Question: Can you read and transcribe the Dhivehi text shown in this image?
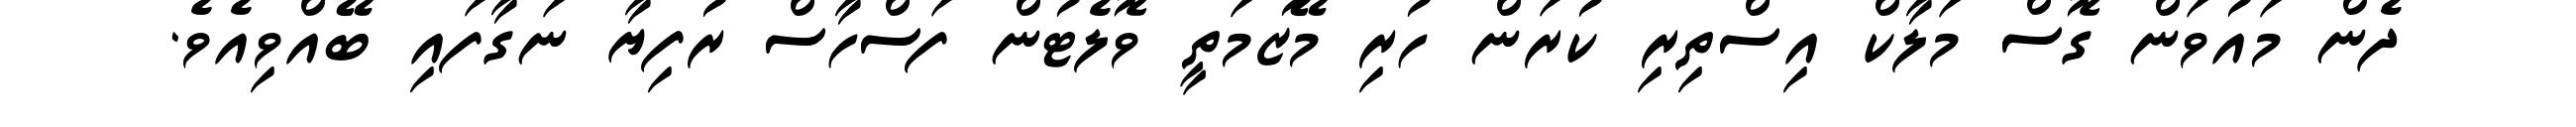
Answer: ދެން މައުވަން ގޮސް މަލާކް އިސްތިރި ކުރަން ހުރި މޭޒުމަތީ ވޮލެޓުން ފަސްހާސް ރުފިޔާ ނަގާފައި ބޭއްވިއެވެ.